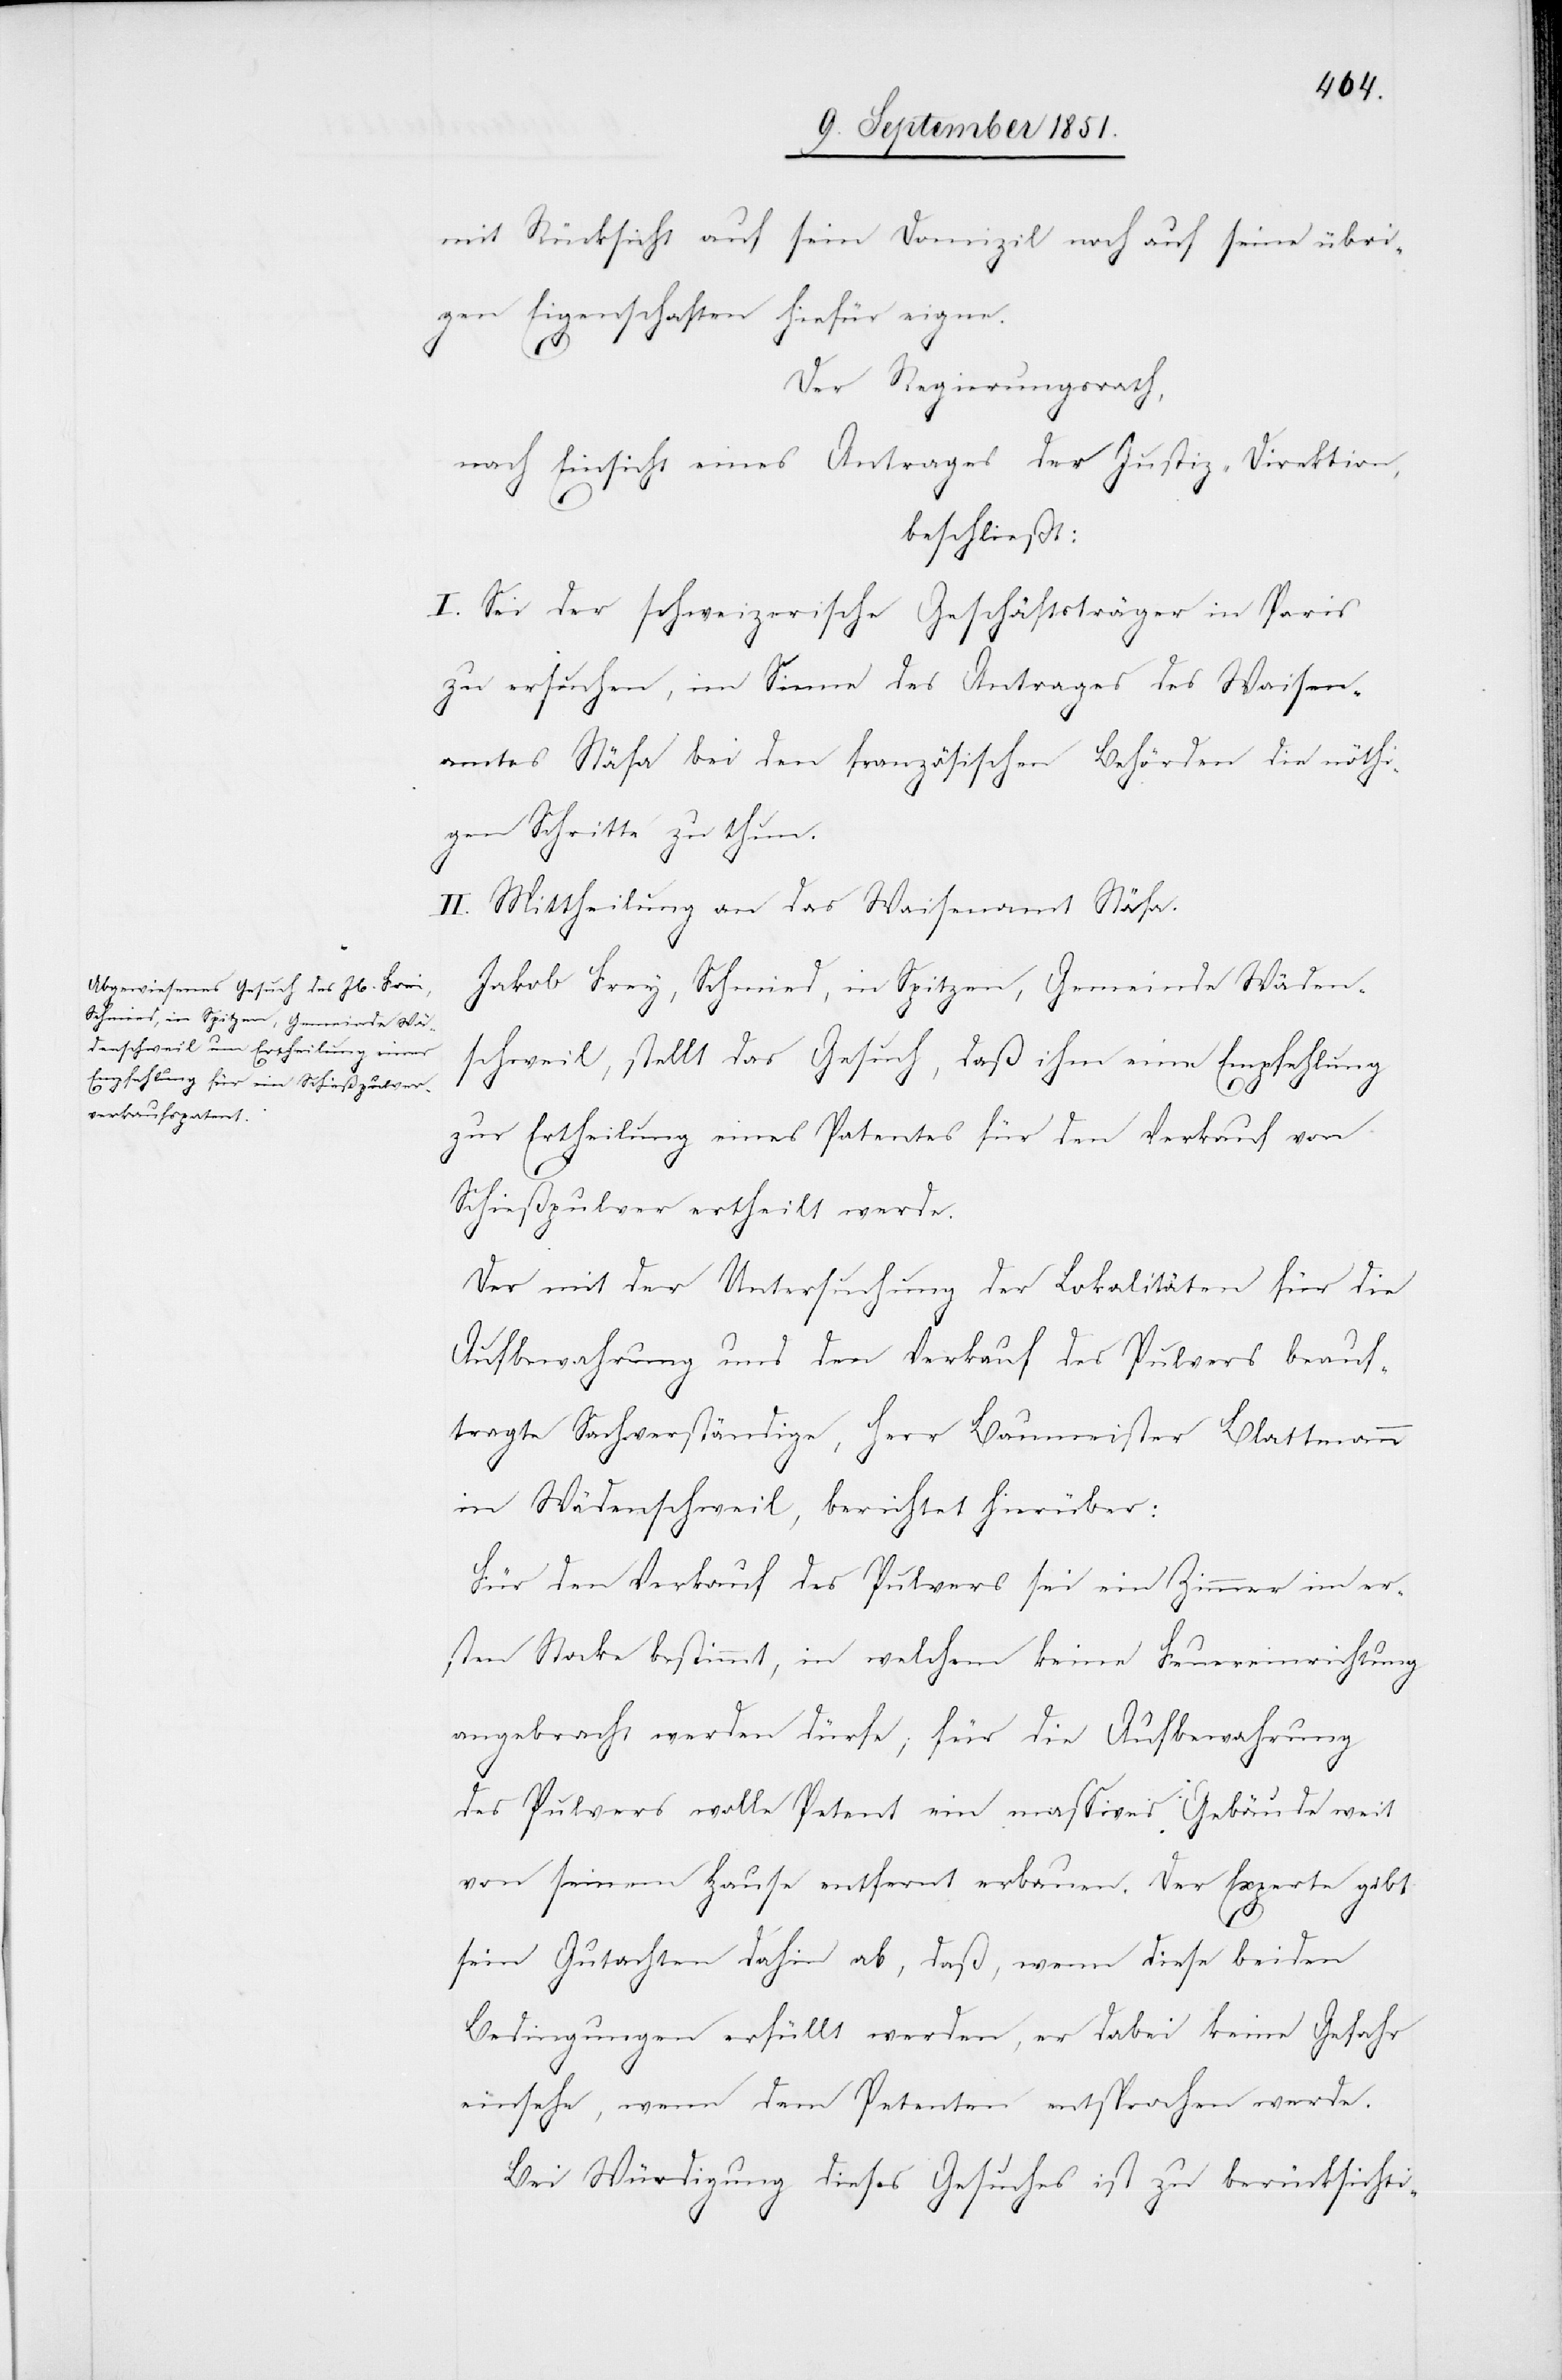
Schmied, in Spitzen, Gemeinde Wäden¬

mit Rücksicht auf sein Domizil noch auf seine übri¬
gen Eigenschaften hiefür eigne.
Der Regierungsrath,
nach Einsicht eines Antrages der Justiz-Direktion,
beschließt:
I. Sei der schweizerische Geschäftsträger in Paris
zu ersuchen, im Sinne des Antrages des Waisen¬
amtes Stäfa bei den französischen Behörden die nöthi¬
gen Schritte zu thun.
II. Mittheilung an das Waisenamt Stäfa.
schweil, stellt das Gesuch, daß ihm eine Empfehlung
zur Ertheilung eines Patentes für den Verkauf von
Schießpulver ertheilt werde.
Der mit der Untersuchung der Lokalitäten für die
Aufbewahrung und den Verkauf des Pulvers beauf¬
tragte Sachverständige, Herr Baumeister Blattmann
in Wädenschweil, berichtet hierüber:
Für den Verkauf des Pulvers sei ein Zimmer im er¬
sten Stocke bestimmt, in welchem keine Feuereinrichtung
angebracht werden dürfe; für die Aufbewahrung
des Pulvers wolle Petent ein massives Gebäude weit
von seinem Hause entfernt erbauen. Der Experte gibt
sein Gutachten dahin ab, daß, wenn diese beiden
Bedingungen erfüllt werden, er dabei keine Gefahr
einsehe, wenn dem Petenten entsprochen werde.
Bei Würdigung dieses Gesuches ist zu berücksichti-